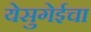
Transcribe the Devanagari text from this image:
येसुगेईचा